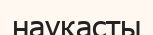
науқасты